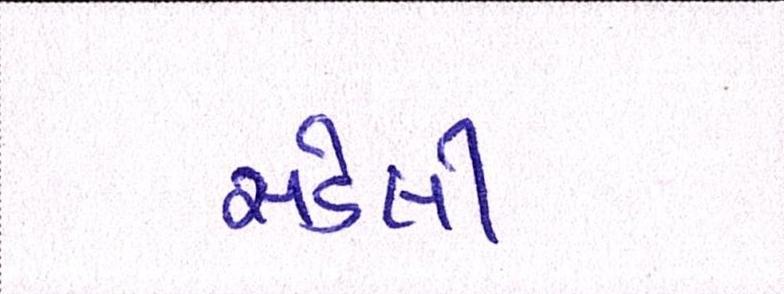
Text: સડેલી